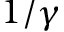
1 / \gamma